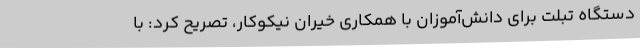
دستگاه تبلت برای دانش‌آموزان با همکاری خیران نیکوکار، تصریح کرد: با